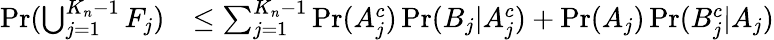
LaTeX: \begin{array}{rl}{\operatorname*{Pr}(\bigcup_{j=1}^{{K_{n}}-1}F_{j})}&{\le\sum_{j=1}^{{K_{n}}-1}\operatorname*{Pr}(A_{j}^{c})\operatorname*{Pr}(B_{j}|A_{j}^{c})+\operatorname*{Pr}(A_{j})\operatorname*{Pr}(B_{j}^{c}|A_{j})}\end{array}